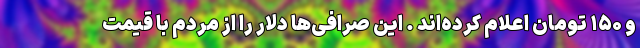
و ۱۵۰ تومان اعلام کرده‌اند . این صرافی‌ها دلار را از مردم با قیمت